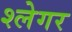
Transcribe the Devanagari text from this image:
श्लेगर